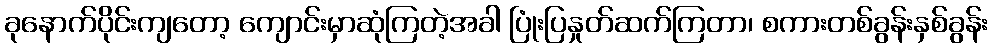
ခုနောက်ပိုင်းကျတော့ ကျောင်းမှာဆုံကြတဲ့အခါ ပြုံးပြနှုတ်ဆက်ကြတာ၊ စကားတစ်ခွန်းနှစ်ခွန်း